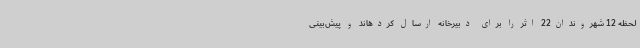
لحظه 12 شهروندان22 اثر را برای دبیرخانه ارسال کردهاند و پیش‌بینی